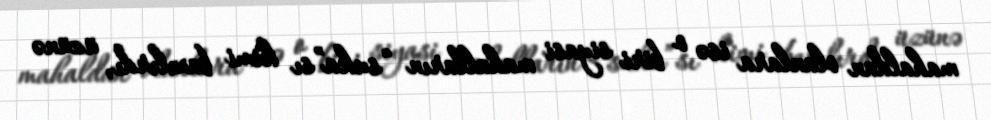
mahaldan olanlara isə o biri siyasi mahalların “suka”sı kimi baxılırdı, üzünə